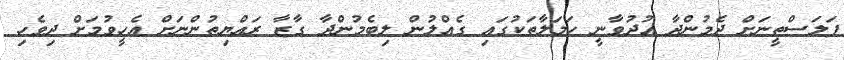
ފަލަސްތީނަށް ދެމުންދާ އުދުވާނީ ހަމަލާތަކުގައި ގެއްލުން ލިބެމުންދާ ގާޒާ ރައްޔިތުންނަށް އެހީވުމަށް ދިވެހި